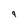
Character: 9